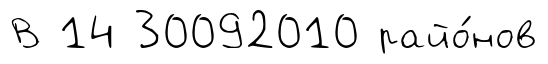
В 14 30092010 райо́нов